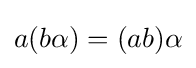
a(b\alpha )=(ab)\alpha